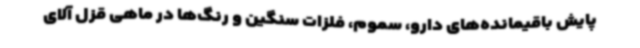
پایش باقیمانده‌های دارو، سموم، فلزات سنگین و رنگ‌ها در ماهی قزل آلای